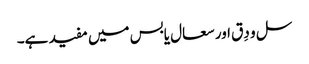
سل و دِق اور سعال یابس میں مفید ہے۔